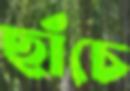
ছাঁচে